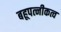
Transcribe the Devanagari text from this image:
बहूपत्नीकत्व